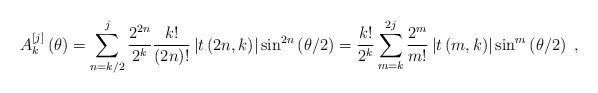
LaTeX: \begin{align*}A_{k}^{\left[ j\right] }\left( \theta\right) =\sum_{n=k/2}^{j}\frac{2^{2n}}{2^{k}}\frac{k!}{\left( 2n\right) !}\left\vert t\left( 2n,k\right)\right\vert \sin^{2n}\left( \theta/2\right) =\frac{k!}{2^{k}}\sum_{m=k}^{2j}\frac{2^{m}}{m!}\left\vert t\left( m,k\right) \right\vert \sin^{m}\left( \theta/2\right) \ ,\end{align*}